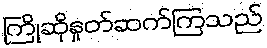
ကြိုဆိုနှုတ်ဆက်ကြသည်